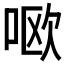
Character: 𫪘